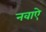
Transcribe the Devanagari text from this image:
नवाऐ